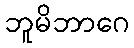
ဘူမိဘာဂေ